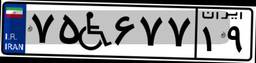
۱۳W۹۶۹۰۹